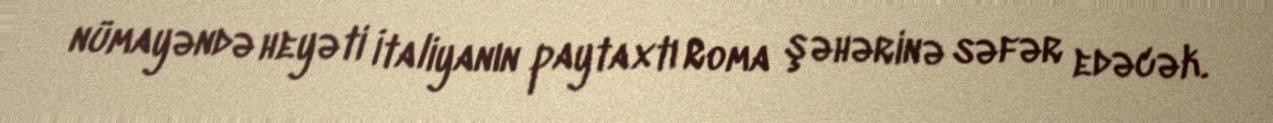
nümayəndə heyəti İtaliyanın paytaxtı Roma şəhərinə səfər edəcək.